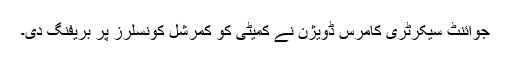
جوائنٹ سیکرٹری کامرس ڈویژن نے کمیٹی کو کمرشل کونسلرز پر بریفنگ دی۔